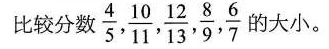
()比较分数 \frac{4}{5}, \frac{10}{11}, \frac{12}{13}, \frac{8}{9}, \frac{6}{7}的大小。